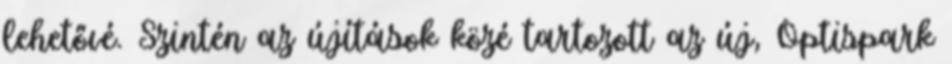
lehetővé. Szintén az újítások közé tartozott az új, Optispark